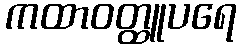
ကထာဝတ္ထူပရေ